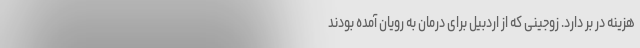
هزینه در بر دارد. زوجینی که از اردبیل برای درمان به رویان آمده بودند